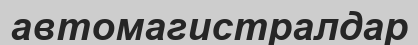
автомагистралдар